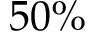
5 0 \%